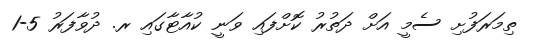
ތިމަރަފުށި ސެމީ އަށް ދަތުރު ކޮށްފައި ވަނީ ކުއާޓާގައި ރ. ދުވާފަރު 5-1